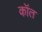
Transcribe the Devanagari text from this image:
कॉत